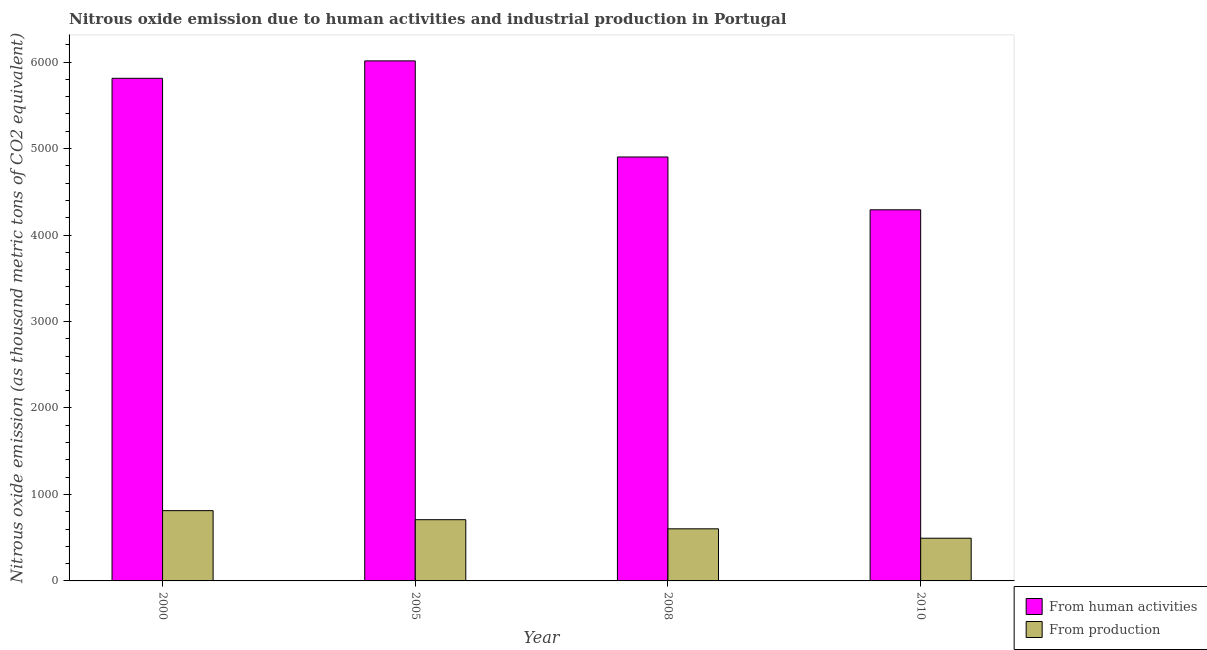
| Year | From human activities | From production |
 | --- | --- | --- |
 | 2000 | 5.81e+03 | 813 |
 | 2005 | 6.01e+03 | 708 |
 | 2008 | 4.9e+03 | 602 |
 | 2010 | 4.29e+03 | 494 |